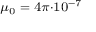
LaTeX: \scriptstyle \mu _ { 0 } \; = \; 4 \pi \cdot 1 0 ^ { - 7 }